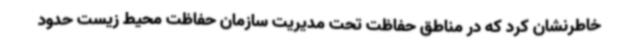
خاطرنشان کرد که در مناطق حفاظت تحت مدیریت سازمان حفاظت محیط زیست حدود